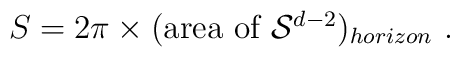
S =   2\pi \times (\mbox{area of ${\cal S}^{d-2}$})_{horizon} \ .